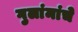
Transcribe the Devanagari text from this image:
गुलांमांचे